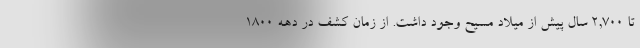
تا ۲,۷۰۰ سال پیش از میلاد مسیح وجود داشت. از زمان کشف در دهه ۱۸۰۰